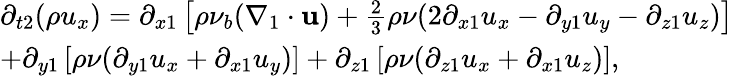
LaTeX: \begin{array}{l}{{\partial_{t2}}(\rho{u_{x}})={\partial_{x1}}\left[{\rho{\nu_{b}}({\nabla_{1}}\cdot{\mathbf{u}})+\frac{2}{3}\rho\nu(2{\partial_{x1}}{u_{x}}-{\partial_{y1}}{u_{y}}-{\partial_{z1}}{u_{z}})}\right]}\\ {+{\partial_{y1}}\left[{\rho\nu({\partial_{y1}}{u_{x}}+{\partial_{x1}}{u_{y}})}\right]+{\partial_{z1}}\left[{\rho\nu({\partial_{z1}}{u_{x}}+{\partial_{x1}}{u_{z}})}\right],}\end{array}